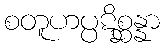
စတူဟပ္ပဋိစ္ဆန္နာ